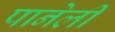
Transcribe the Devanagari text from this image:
पानेली